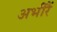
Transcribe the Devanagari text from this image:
अभीरैं